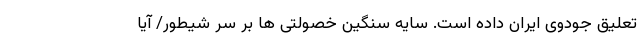
تعلیق جودوی ایران داده است. سایه سنگین خصولتی ها بر سر شیطور/ آیا